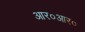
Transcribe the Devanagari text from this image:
आर०आर०